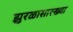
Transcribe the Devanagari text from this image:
झुरळासारख्या